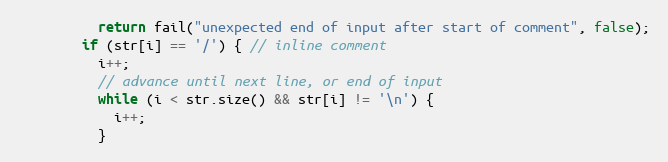
Language: C++
          return fail("unexpected end of input after start of comment", false);
        if (str[i] == '/') { // inline comment
          i++;
          // advance until next line, or end of input
          while (i < str.size() && str[i] != '\n') {
            i++;
          }